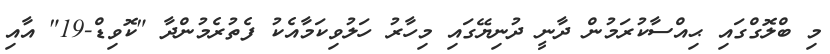
މި ބްލޮގްގައި ޙިއްސާކުރަމުން ދާނީ ދުނިޔޭގައި މިހާރު ހަލުވިކަމާއެކު ފެތުރެމުންދާ "ކޮވިޑް-19" އާއި